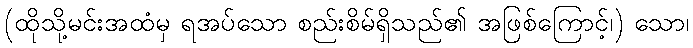
(ထိုသို့မင်းအထံမှ ရအပ်သော စည်းစိမ်ရှိသည်၏ အဖြစ်ကြောင့်၊) သော၊